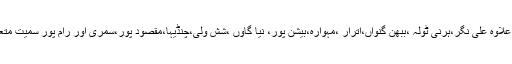
اورائی بلاک کے ہرپوربیشی،اسری اور بیجناتھ بیشی کے علاوہ علی نگر،ہرنی ٹولہ ،ببھن گنواں،اترار ،مہوارہ،بیشن پور، نیا گاؤں ،شش ولی،چنڈیہا،مقصود پور،سمری اور رام پور سمیت متعدد گاؤں میں سیلاب کا پانی داخل ہوکر تباہی پھیلا رہا ہے۔